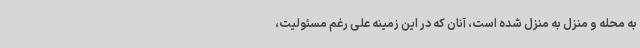
به محله و منزل به منزل شده است، آنان که در این زمینه علی رغم مسئولیت،